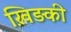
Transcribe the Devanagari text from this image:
ख़िड़की